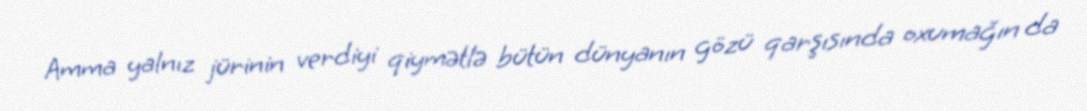
Amma yalnız jürinin verdiyi qiymətlə bütün dünyanın gözü qarşısında oxumağın da